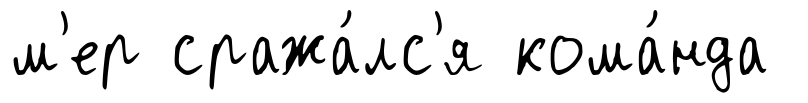
м'ер сража́лс'я кома́нда